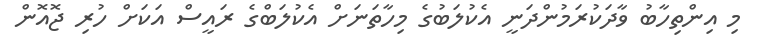
މި އިންތިހާބު ވާދަކުރަމުންދަނީ އެކުލަބުގެ މިހާތަނަށް އެކުލަބްގެ ރައީސް އަކަށް ހުރި ޖޮއޮން